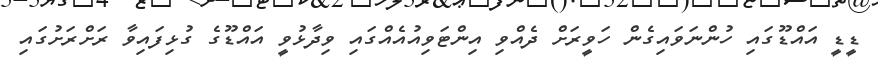
ޑީޑީ އައްޑޫގައި ހުންނަވައިގެން ހަވީރަށް ދެއްވި އިންޓަވިއުއެއްގައި ވިދާޅުވީ އައްޑޫގެ ގުޅިފައިވާ ރަށްރަށުގައި